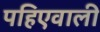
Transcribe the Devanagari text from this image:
पहिएवाली